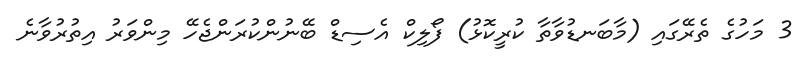
3 މަހުގެ ތެރޭގައި (މާބަނޑުވާތާ ކުރީކޮޅު) ފޯލިކް އެސިޑް ބޭނުންކުރަންޖެހޭ މިންވަރު އިތުރުވާނެ